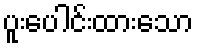
ပူးပေါင်းထားသော